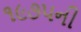
૧૯૭૫ની